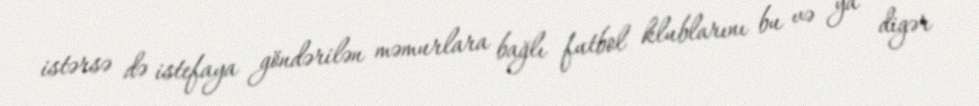
istərsə də istefaya göndərilən məmurlara bağlı futbol klublarını bu və ya digər